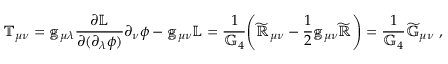
\mathbb { T } _ { \mu \nu } = \mathbb { g } _ { \mu \lambda } \frac { \partial \mathbb { L } } { \partial ( \partial _ { \lambda } \phi ) } \partial _ { \nu } \phi - \mathbb { g } _ { \mu \nu } \mathbb { L } = \frac { 1 } { \mathbb { G } _ { 4 } } \Bigg ( \mathbb { \widetilde { R } } _ { \mu \nu } - \frac { 1 } { 2 } \mathbb { g } _ { \mu \nu } \mathbb { \widetilde { R } } \Bigg ) = \frac { 1 } { \mathbb { G } _ { 4 } } \mathbb { \widetilde { G } } _ { \mu \nu } ~ ,